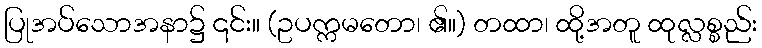
ပြုအပ်သောအနာ၌ ၎င်း။ (ဥပက္ကမတော၊ ၏။) တထာ၊ ထို့အတူ ထုလ္လစ္စည်း